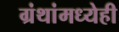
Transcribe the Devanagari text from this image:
ग्रंथांमध्येही